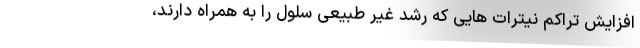
افزایش تراکم نیترات هایی که رشد غیر طبیعی سلول را به همراه دارند،